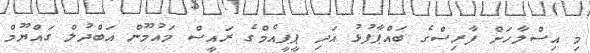
މި އިސްލާހަށް ފާރިސްގެ ބައްޕާފުޅު އަދި ޕީޕީއެމްގެ ރައީސް މައުމޫން އަބްދުލް ގައްޔޫމް